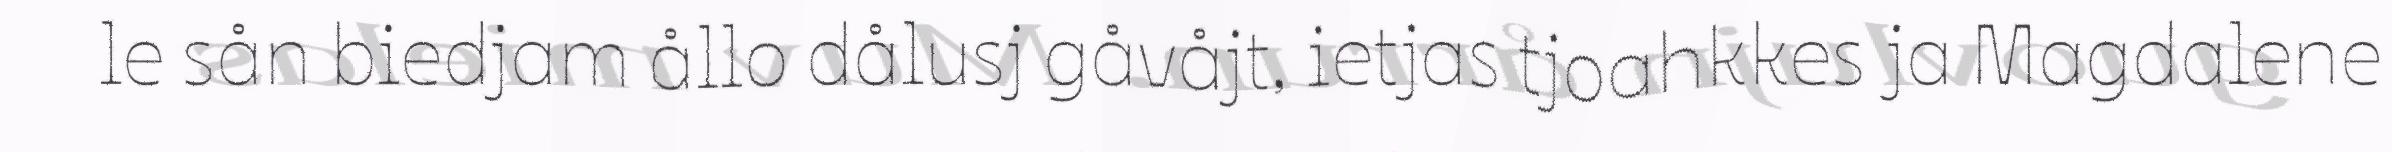
le sån biedjam ållo dålusj gåvåjt, ietjas tjoahkkes ja Magdalene